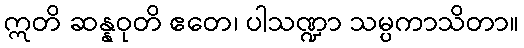
ဣတိ ဆန္နဝုတိ ဧတေ၊ ပါသဏ္ဍာ သမ္ပကာသိတာ။